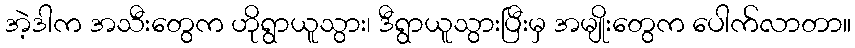
အဲ့ဒါက အသီးတွေက ဟိုရွာယူသွား၊ ဒီရွာယူသွားပြီးမှ အမျိုးတွေက ပေါက်လာတာ။